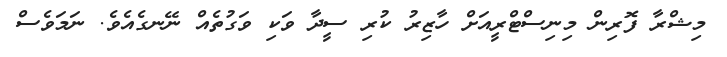
މިޝްރާ ފޮރިން މިނިސްޓްރީއަށް ހާޒިރު ކުރި ސީދާ ވަކި ވަގުތެއް ނޭނގެއެވެ. ނަމަވެސް